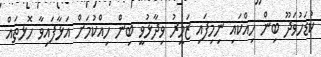
ކުޑަހުވަދޫ ބިން ހިއްކައި ނިމިފައި ޒަމީރު ވިދާޅުވީ ބިން ހިއްކުމަށް އަޅާފައިވާ ހޮޅތައް